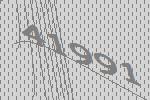
41991